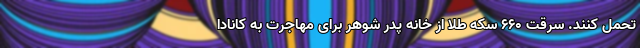
تحمل کنند. سرقت ۶۶۰ سکه طلا از خانه پدر شوهر برای مهاجرت به کانادا